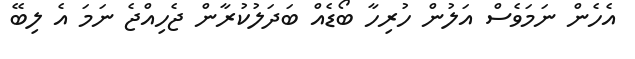
އެހެން ނަމަވެސް އަލުން ހުރިހާ ބޯޑެއް ބަދަލުކުރާން ޖެހިއްޖެ ނަމަ އެ ލިބޭ